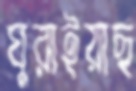
ঘুরাইয়াছ